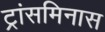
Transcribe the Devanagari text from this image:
ट्रांसमिनास